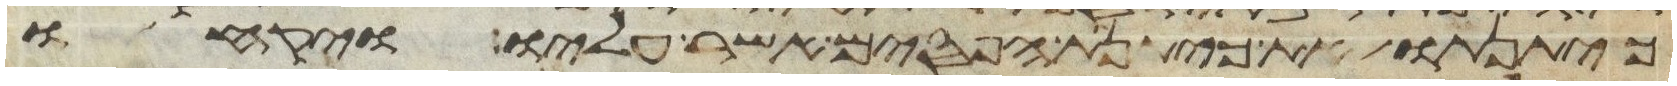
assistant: כיתנתו את כיתנת הפסים אשר עליו ויקחו